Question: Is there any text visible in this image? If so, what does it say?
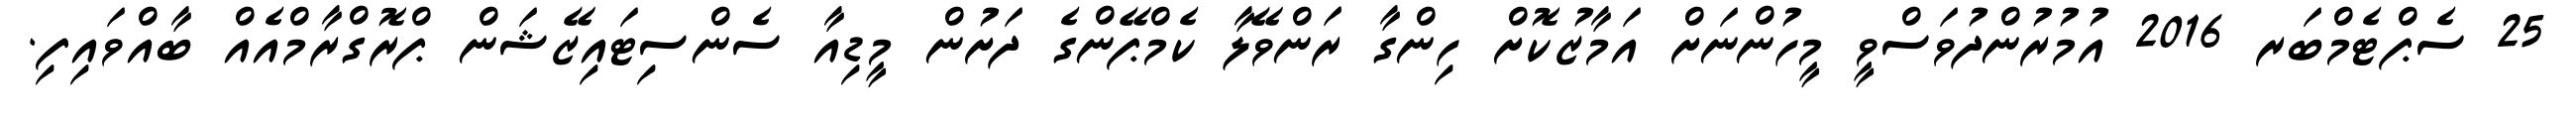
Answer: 25 ސެޕްޓެމްބަރ 2016 އުމުރުންދުވަސްވީ މީހުންނަށް އަމާޒުކޮށް ހިންގާ ރަންވޭލާ ކެމްޕޭންގެ ދަށުން މީޑިއާ ސެންސިޓައިޒޭޝަން ޕްރޮގްރާމްއެއް ބާއްވައިފި.